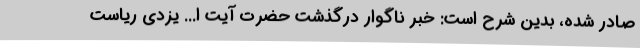
صادر شده، بدین شرح است: خبر ناگوار درگذشت حضرت آیت ا... یزدی ریاست